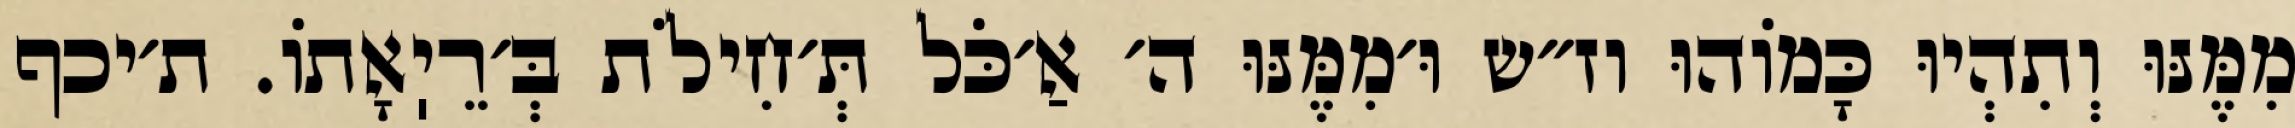
מִמֶּנּוּ וְתִהְיוּ כָּמוֹהוּ וז״ש וּ׳מִמֶּנּוּ ה׳ אַ׳כֹּל תְּ׳חִילֹת בְּ׳רֵיֽאָתוֹ. ת׳יכף